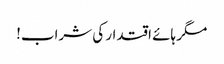
مگر ہائے اقتدار کی شراب!